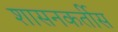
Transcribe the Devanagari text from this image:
शासनकर्तीस